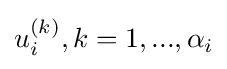
u_{i}^{(k)},k=1,...,\alpha _{i}